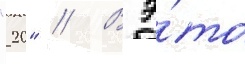
"20" // В э́то